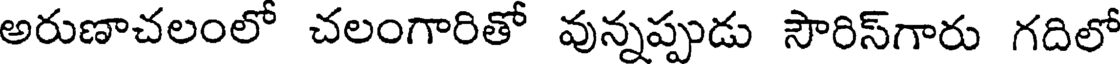
అరుణాచలంలో చలంగారితో వున్నప్పుడు సౌరిస్గారు గదిలో